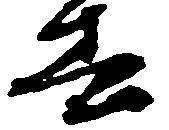
春